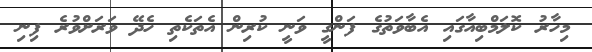
މިހާރު ކޮލަމްބިއާގައި އެބާވަތުގެ ފަންގީ ވަނީ ކުރިން އެތަކެތި ހެދޭ ވަރަށްވުރެ ފިނި